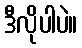
ဒီလိုပါပဲ။